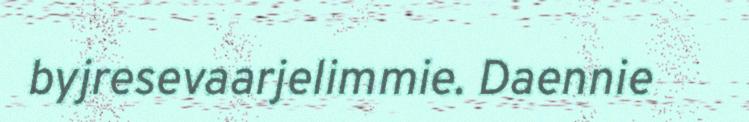
byjresevaarjelimmie. Daennie